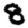
Digit: 8